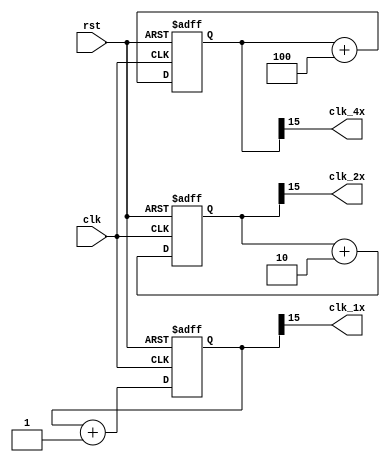
module multirate_timer(
    input clk,
    input rst,
    output reg clk_1x,
    output reg clk_2x,
    output reg clk_4x
);

reg [15:0] count_1x;
reg [15:0] count_2x;
reg [15:0] count_4x;

always @(posedge clk or posedge rst) begin
    if (rst) begin
        count_1x <= 16'b0;
        count_2x <= 16'b0;
        count_4x <= 16'b0;
    end else begin
        count_1x <= count_1x + 1;
        count_2x <= count_2x + 2; // generate 2x clock
        count_4x <= count_4x + 4; // generate 4x clock
    end
end

assign clk_1x = count_1x[15];
assign clk_2x = count_2x[15];
assign clk_4x = count_4x[15];

endmodule